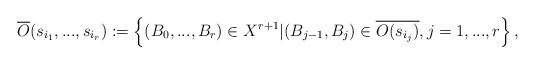
\begin{align*}\overline{O}(s_{i_1},...,s_{i_r}):=\left\{(B_0,...,B_r)\in X^{r+1}|(B_{j-1},B_j)\in \overline{O(s_{i_j})}, j=1,...,r \right\},\end{align*}